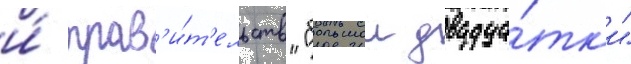
и́ прав'и́т'ельств "большои двадца́тк'и"